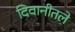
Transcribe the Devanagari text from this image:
दिवानीतले